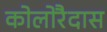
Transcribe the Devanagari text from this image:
कोलोरैदास